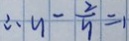
\therefore y - \frac { 2 } { y } = 1